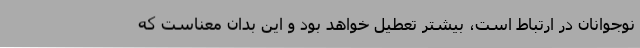
نوجوانان در ارتباط است، بیشتر تعطیل خواهد بود و این بدان معناست که